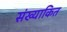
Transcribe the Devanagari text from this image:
संख्याकित